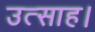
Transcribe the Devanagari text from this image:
उत्‍साह।